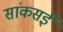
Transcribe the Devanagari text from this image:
सांकसई